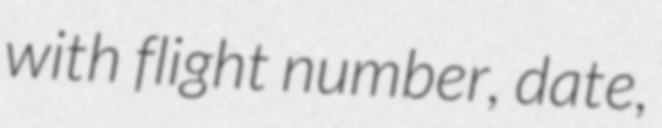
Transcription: with flight number, date,